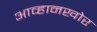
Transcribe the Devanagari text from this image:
आव्हानखोर